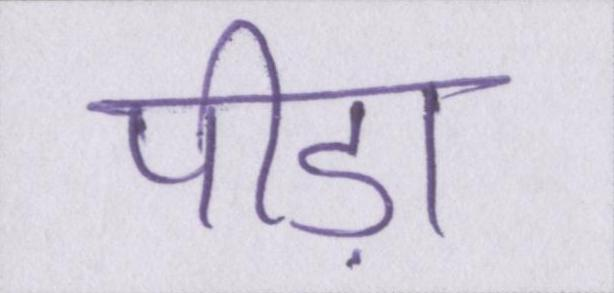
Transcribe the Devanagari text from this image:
पीड़ा